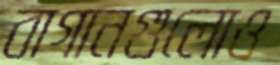
বাগানগুলোও